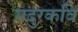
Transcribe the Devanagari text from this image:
मदुरकवि